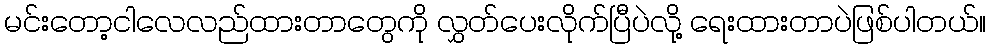
မင်းတော့ငါလေလည်ထားတာတွေကို လွှတ်ပေးလိုက်ပြီပဲလို့ ရေးထားတာပဲဖြစ်ပါတယ်။